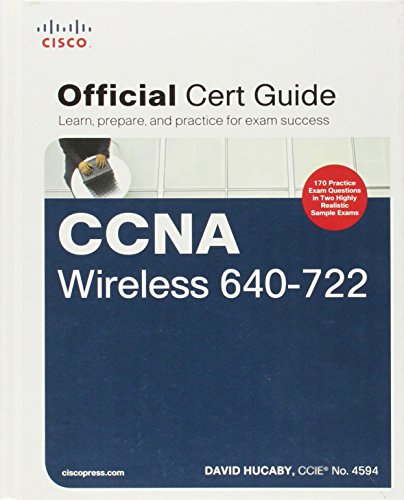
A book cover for CCNA Wireless 640-722 Official Cert Guide (Certification Guide); David Hucaby; Computers & Technology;